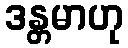
ဒန္တမာဟု